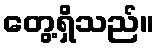
တွေ့ရှိသည်။